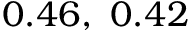
0 . 4 6 , \ 0 . 4 2